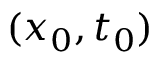
( x _ { 0 } , t _ { 0 } )